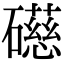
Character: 礠